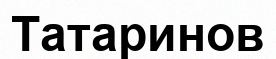
Татаринов